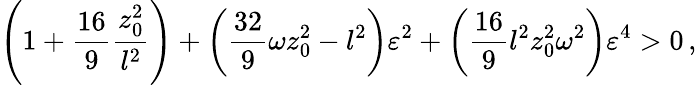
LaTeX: \left(1+{\frac{16}{9}}{\frac{z_{0}^{2}}{l^{2}}}\right)+\left({\frac{32}{9}}\omega z_{0}^{2}-l^{2}\right)\varepsilon^{2}+\left({\frac{16}{9}}l^{2}z_{0}^{2}\omega^{2}\right)\varepsilon^{4}>0\, ,